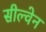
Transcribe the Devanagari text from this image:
सील्वेन